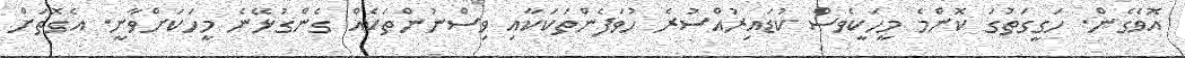
އޮވެގެން. ހަގީގަތުގަ ކޮންމެ މީހަކީވެސް ކުޑައިރުއްސުރެ ހުވަފެންތަކަކާއި ވިސްނުންތަކެއް ގެންގުޅޭނެ މީހަކަށްވާނީ. އެގޮތަށް